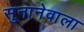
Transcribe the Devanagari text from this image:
सुनानेवाला